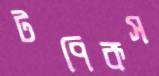
টপিকস